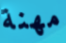
مهنة